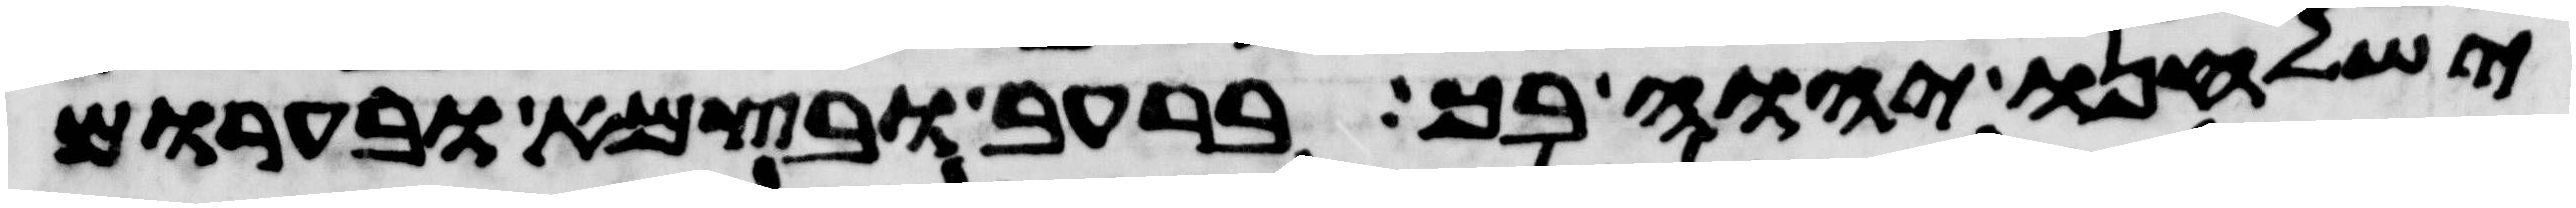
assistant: ישלחנו יהוה בך ברעב ובצמא ובערום